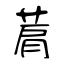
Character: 菺